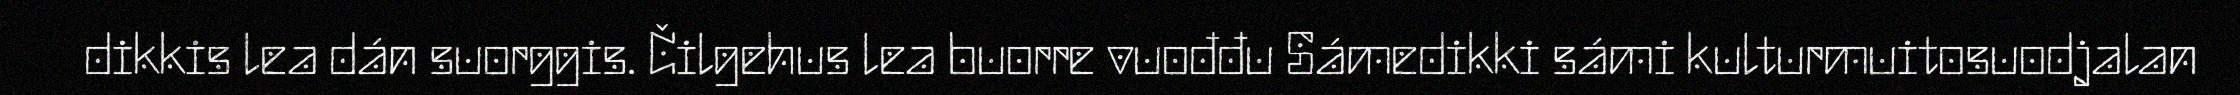
dikkis lea dán suorggis. Čilgehus lea buorre vuođđu Sámedikki sámi kulturmuitosuodjalan